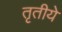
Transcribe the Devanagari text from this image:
तृतीये